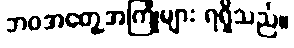
ဘဝအတွေ့အကြုံများ ရရှိသည်။